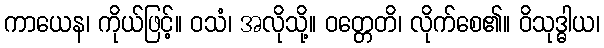
ကာယေန၊ ကိုယ်ဖြင့်။ ဝသံ၊ အလိုသို့။ ဝတ္တေတိ၊ လိုက်စေ၏။ ဝိသုဒ္ဓါယ၊